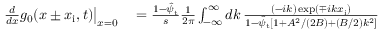
\begin{array} { r l } { \left. \frac { d } { d x } g _ { 0 } ( x \pm x _ { \mathrm { i } } , t ) \right| _ { x = 0 } } & { { } = \frac { 1 - \hat { \psi } _ { \mathrm { t } } } { s } \frac { 1 } { 2 \pi } \int _ { - \infty } ^ { \infty } d k \, \frac { ( - i k ) \exp ( \mp i k x _ { \mathrm { i } } ) } { 1 - \hat { \psi } _ { \mathrm { t } } \left[ 1 + A ^ { 2 } / ( 2 B ) + ( B / 2 ) k ^ { 2 } \right] } } \end{array}